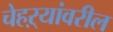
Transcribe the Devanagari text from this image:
चेहऱ्यांवरील